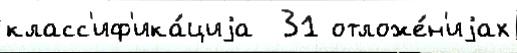
класс'иф'ика́циjа  31 отложе́н'иjах